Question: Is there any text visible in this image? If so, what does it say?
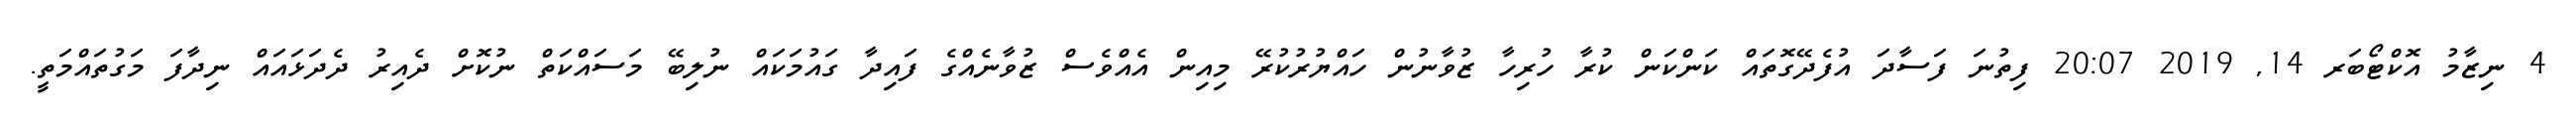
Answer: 4 ނިޒާމު އޮކްޓޯބަރ 14, 2019 20:07 ފިތުނަ ފަސާދަ އުފެދޭގޮތައް ކަންކަން ކުރާ ހުރިހާ ޒުވާނުން ހައްޔުރުކުރޭ މިއިން އެއްވެސް ޒުވާނެއްގެ ފައިދާ ގައުމަކައް ނުލިބޭ މަސައްކަތް ނުކޮށް ދެއިރު ދެދަޅައައް ނިދާފަ މަގުތައްމަތީ.